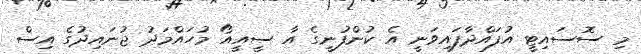
މި ސޮސައިޓީ އުފައްދާފައިވަނީ އެ ކުންފުނީގެ އާ ސީއީއޯ މުހައްމަދު ޖުނައިދުގެ އިސް